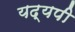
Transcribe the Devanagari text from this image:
यद्यपी